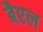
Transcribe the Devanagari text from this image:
बैएल